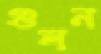
গুলন